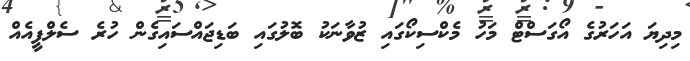
މިދިޔަ އަހަރުގެ އޯގަސްޓް މަހު މެކްސިކޯގައި ޒުވާނަކު ބޮލުގައި ބަޑިޖައްސައިިގެން ހުރެ ސެލްފީއެއް